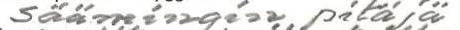
Säämingin pitäjä